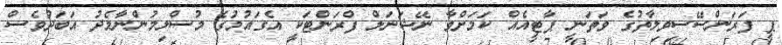
ޕީ ފަރަންސޭސިވިލާތުގެ ވަތަނީ ޕާޓީއެއް ކަމަށްވާ ނޭޝަނަލް ފްރަންޓަކީ އެގައުމުގެ މުސްލިމުންނާމެދު އަބަދުވެސް